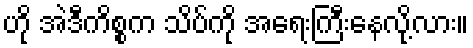
ဟို အဲဒီကိစ္စက သိပ်ကို အရေးကြီးနေလို့လား။